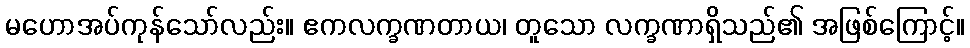
မဟောအပ်ကုန်သော်လည်း။ ဧကလက္ခဏတာယ၊ တူသော လက္ခဏာရှိသည်၏ အဖြစ်ကြောင့်။